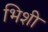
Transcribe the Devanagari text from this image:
भिशी